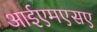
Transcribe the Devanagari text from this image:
आईएमएसए